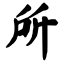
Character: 所